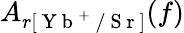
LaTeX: A_{r[\mathrm{~Y~b~}^{+}\mathrm{~/~S~r~}]}(f)